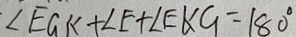
\angle E G K + \angle E + \angle E K G = 1 8 0 ^ { \circ }